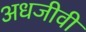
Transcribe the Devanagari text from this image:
अधजीवी